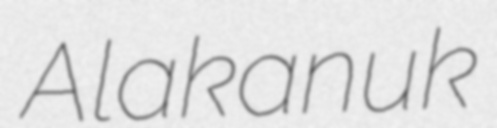
Alakanuk